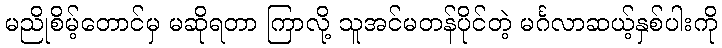
မညိုစိမ့်တောင်မှ မဆိုရတာ ကြာလို့ သူအင်မတန်ပိုင်တဲ့ မင်္ဂလာဆယ့်နှစ်ပါးကို